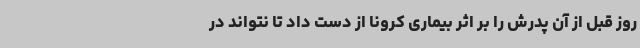
روز قبل از آن پدرش را بر اثر بیماری کرونا از دست داد تا نتواند در